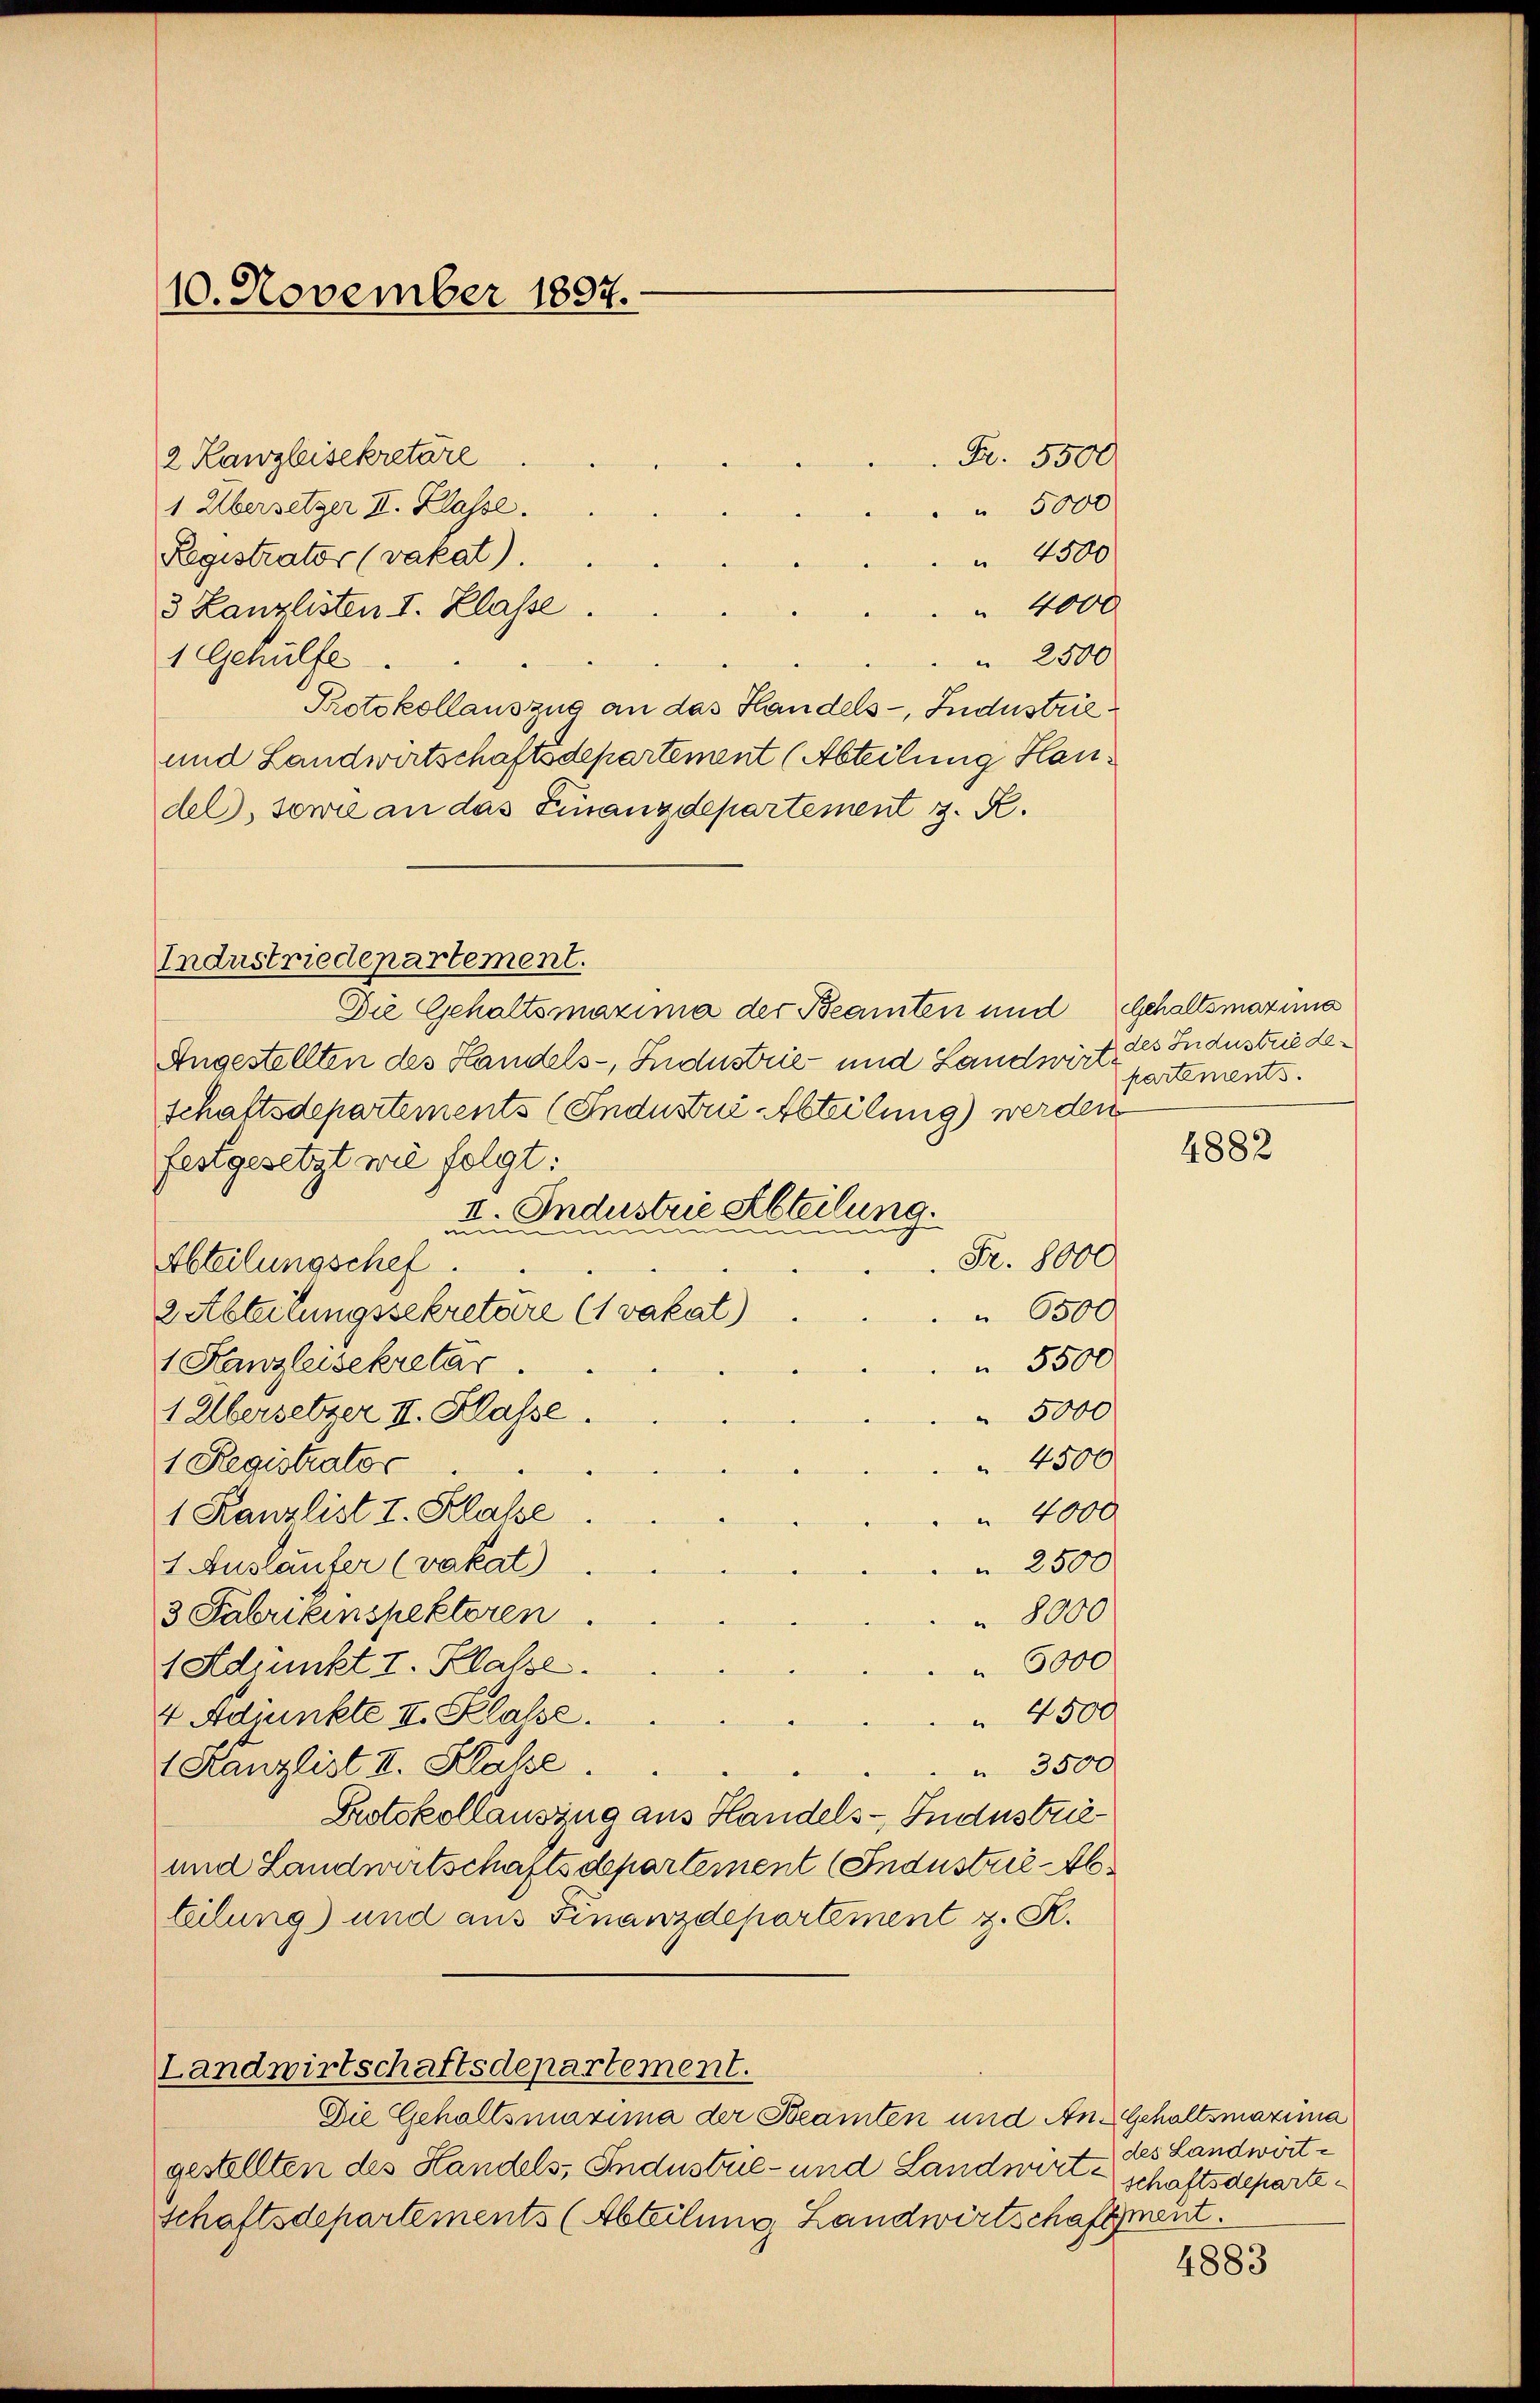
10. November 1897.

2 Kanzleisekretäre
1 Übersetzer II. Klasse.
Registrator (vakat).
 4000
3 Kanzlisten I. Klasse
 2500
1 Gehülfe.
Protokollauszug an das Handels- Jndustrie¬
und Landwirtschaftsdepartement (Abteilung Haudel, sowie an das Finanzdepartement z. R.
Die Gehaltsmaxima der Beamten und
Angestellten des Handels-, Industrie und Landwirtschaftsdepartements (Industri Abteilung) werden
festgesetzt wie folgt:
II. Industrie Abteilung.
u
un
c
un
un
nun
Fr. 8000
Abteilungschef.
2 Abteilungssekretaire (1 vakat)
 6500
 5500
1 Kanzleisekretär.
 5000
1 Übersetzer II. Klasse.
4500
1 Registrator
4000
1 Kanzlist I. Klasse
 2500
1 Auslauter (vakat)
3 Fabrikinspektoren.
 8000
 5000
1 Adjunkt I. Klasse.
 4500
4 Adjunkte II. Klasse.
 Kanzlist II. Klasse.
 3500
Protokollauszug aus Handels-Industrie¬
und Landwirtschaftsdepartement (Industrie-Ab
teilung) und aus Finanzdepartement z. R.

Industriedepartement.

Fr. 5500

Landwirtschaftsdepartement.
Die Gehaltsmaxima der Beamten und An- Gehaltsmaxima

5000
 4500

gestellten des Handels, Sendustrie- und Landwirtschaftsdeparteschaftsdepartements (Abteilung Landwirtschaftsment.

Gehaltsmazia
des Industrie de
partements.

4882

des Landwörte

4883